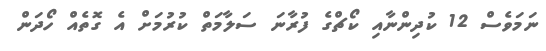
ނަމަވެސް 12 ކުދިންނާއި ކޯޗްގެ ފުރާނަ ސަލާމަތް ކުރުމަށް އެ ގޮތެއް ހޯދަން